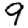
Digit: 9